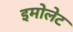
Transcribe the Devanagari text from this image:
इमोलेट